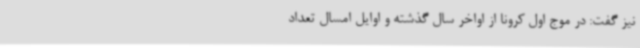
نیز گفت: در موج اول کرونا از اواخر سال گذشته و اوایل امسال تعداد